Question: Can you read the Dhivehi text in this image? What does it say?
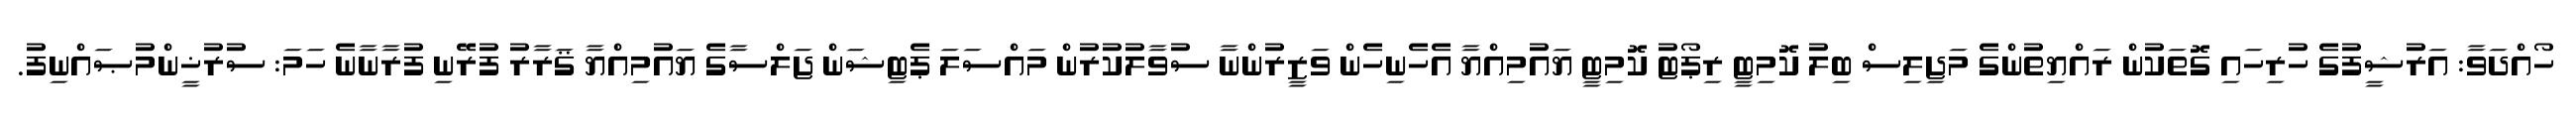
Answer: ހޯއްދަވާ: އަރުޝީފުގެ ހުރިހައި ގޮތަކުން ރައްޔިތުންގެ މަޖިލިސް ބިލު ކޮމިޓީ ރިޕޯޓު ކޮމިޓީ ޔައުމިއްޔާ އެހެނިހެން ވަޒީރުންނާ ސުވާލުކުރުން މައްސަލަ ޕެޓިޝަން ޖަލްސާގެ ޔައުމިއްޔާ ޤަރާރު ފުރޭނި ފުރާނާނެ ހަމަ: ސުރުޚީންމުޞައްނިފު.